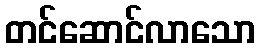
တင်ဆောင်လာသော